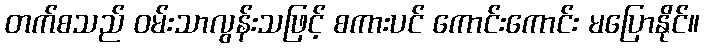
တက်စသည် ဝမ်းသာလွန်းသဖြင့် စကားပင် ကောင်းကောင်း မပြောနိုင်။